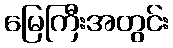
မြေကြီးအတွင်း